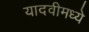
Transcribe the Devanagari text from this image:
यादवीमध्ये